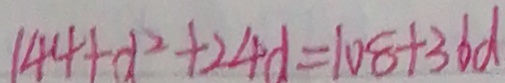
1 4 4 + d ^ { 2 } + 2 4 d = 1 0 8 + 3 6 d